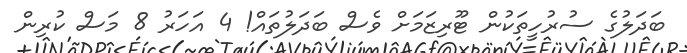
ބަދަލުގެ ސުރުހީތަކުން ޓޫރިޒަމަށް ވެސް ބަދަލުތައް! 4 އަހަރު 8 މަސް ކުރިން